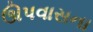
ઊપવાસના